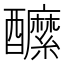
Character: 醿